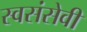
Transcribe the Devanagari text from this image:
स्वसंसेवी